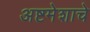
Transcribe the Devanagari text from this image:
अष्टमेशाचे